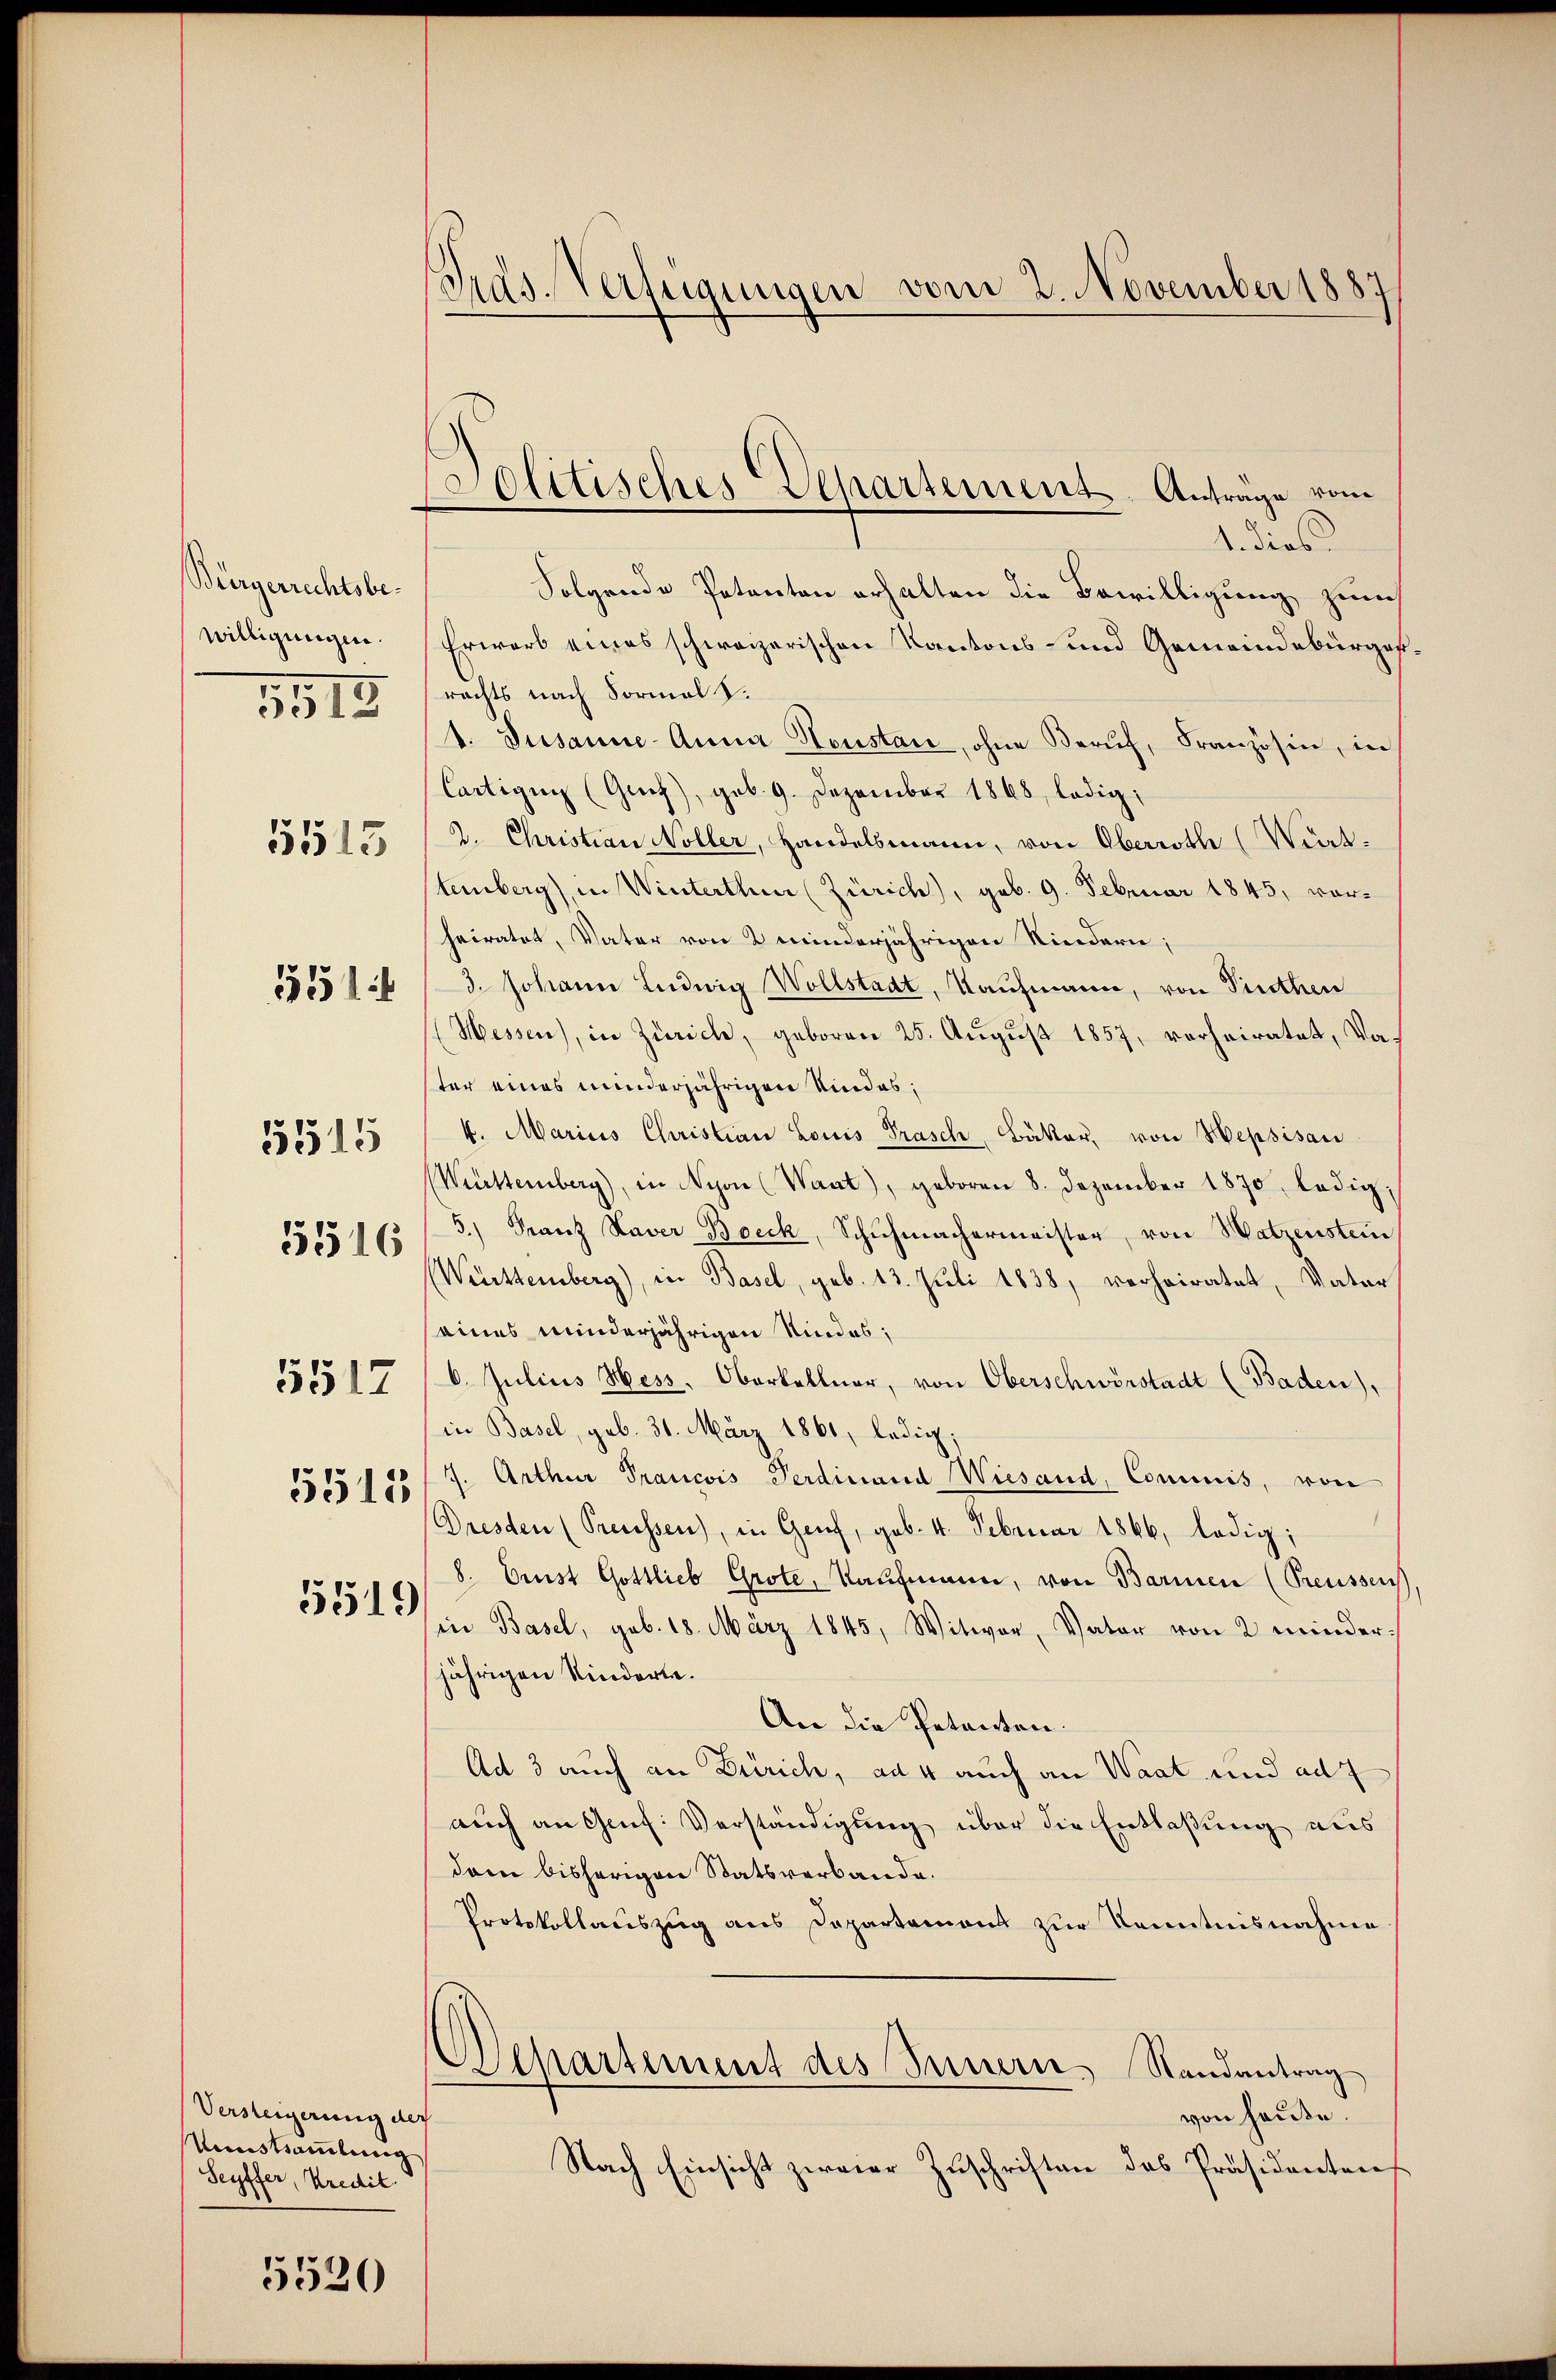
Bürgerrechtsbewilligungen.
5515
5516
5517

3513

5515

551

5511

5519

Versteigerung der
Umstammlung
Seyffer, Kredit.

5520

PPras. Verfügungen vom 2. November 1887

1. dies
Folgende Petenten erhalten die Bewilligung zum
Erwarb eines schweizerischen Kantons- und Gemeindebürgerrachts nach Formal d.
1. Susanne Anna Heustan, ohne Beruf, Französin, in
Cartigen (Genf), geb. 9. Dezember 1868, ledig,
2. Christian Nöller, Handelsmann, von Oberrathe (Wirt-
temberg), in Winterthur (Zürich), geb. 9. Februar 1845, vorheiratet, Vater von 2 minderjährigen Kindern;
3. Johann Ludwig Wollstadt, Kaufmann, von Pinthen
Messen), in Zürich, geboren 25. August 1857, verheiratet, Va
ter eines minderjährigen Kindes;
k. Marius Christian Louis Frasch, Bäker, von Hepsisan
(Württemberg), in Nyon (Waat), geboren 8. Dezember 1870, ledig¬
5.) Franz Xaver Boeck, Schŭhmachermeister, von Watzenstein
Württemberg), in Basel, geb. 13. Juli 1838, verheiratet, Vater
eines minderjährigen Kindes;
6. Julius Hess, Oberkellner, von Oberschwerstadt (Baden),
in Basel, geb. 31. März 1861, ledig;
7. Arthur Trancois Ferdinand Wiesand, Commis, von
Dresden (Preussen), in Genf, geb. 4. Februar 1866, ledig;
8. Ernst Gottlieb Grote, Kaufmann, von Barmen (Preussen,
in Basel, geb. 18. März 1845, Witwer, Vater von 2 minderjährigen Kinderte.
An die Patenten.
Ad 3 auch an Zürich, ad 4 auch an Waat und ad
auch an Genf. Verständigung über die Entlaßung aus
dem bisherigen Statsverbande.
Protokollauszug aus Departemons zur Kenntnisnahme
Departement des Innern, Randantrag
von Hause.
Nach Einsicht zweier Zuschriften das Präsidentares

Colitisches Departement. Antrage vom